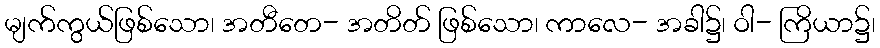
မျက်ကွယ်ဖြစ်သော၊ အတီတေ- အတိတ် ဖြစ်သော၊ ကာလေ- အခါ၌၊ ဝါ- ကြိယာ၌၊